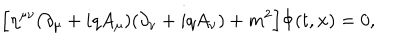
LaTeX: \Bigl [ \eta ^ { \mu \nu } ( \partial _ { \mu } + i q A _ { \mu } ) ( \partial _ { \nu } + i q A _ { \nu } ) + m ^ { 2 } \Bigr ] \Phi ( t , { \bf x } ) = 0 ,